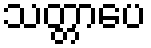
သတ္တာပေ